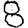
Digit: 8